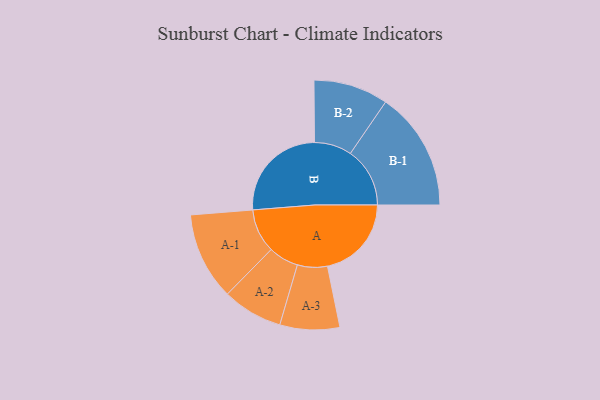
{"axis": {"x": "Segment", "y": "Value"}, "legend": ["", "A", "B"], "data": [{"x": "A", "y": 326, "type": ""}, {"x": "B", "y": 391, "type": ""}, {"x": "A-1", "y": 170, "type": "A"}, {"x": "A-2", "y": 117, "type": "A"}, {"x": "A-3", "y": 116, "type": "A"}, {"x": "B-1", "y": 231, "type": "B"}, {"x": "B-2", "y": 145, "type": "B"}]}